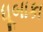
ધૂબાકા